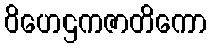
ဝိဟေဌကဇာတိကော